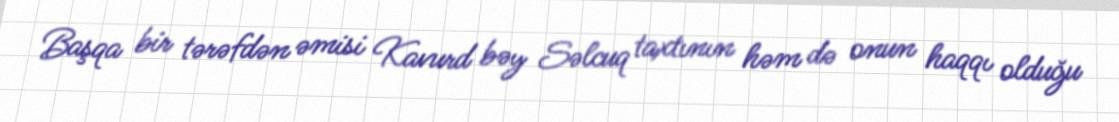
Başqa bir tərəfdən əmisi Kavurd bəy Səlcuq taxtının həm də onun haqqı olduğu